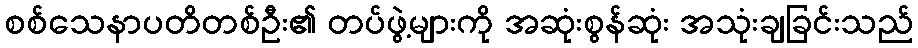
စစ်သေနာပတိတစ်ဦး၏ တပ်ဖွဲ့များကို အဆုံးစွန်ဆုံး အသုံးချခြင်းသည်